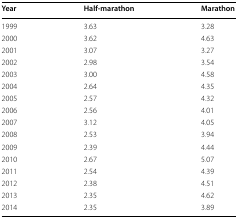
| Year | Half-marathon | Marathon |
 | --- | --- | --- |
 | 1999 | 3.63 | 3.28 |
 | 2000 | 3.62 | 4.63 |
 | 2001 | 3.07 | 3.27 |
 | 2002 | 2.98 | 3.54 |
 | 2003 | 3.00 | 4.58 |
 | 2004 | 2.64 | 4.35 |
 | 2005 | 2.57 | 4.32 |
 | 2006 | 2.56 | 4.01 |
 | 2007 | 3.12 | 4.05 |
 | 2008 | 2.53 | 3.94 |
 | 2009 | 2.39 | 4.44 |
 | 2010 | 2.67 | 5.07 |
 | 2011 | 2.54 | 4.39 |
 | 2012 | 2.38 | 4.51 |
 | 2013 | 2.35 | 4.62 |
 | 2014 | 2.35 | 3.89 |